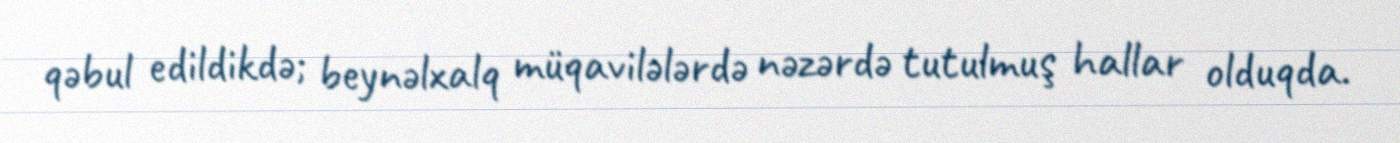
qəbul edildikdə; beynəlxalq müqavilələrdə nəzərdə tutulmuş hallar olduqda.